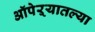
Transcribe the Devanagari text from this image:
ऑपेऱ्यातल्या